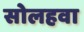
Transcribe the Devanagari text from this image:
सोलहवा